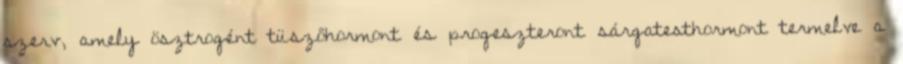
szerv, amely ösztrogént tüszőhormont és progeszteront sárgatesthormont termelve a